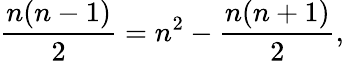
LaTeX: {\frac{n(n-1)}{2}}=n^{2}-{\frac{n(n+1)}{2}},